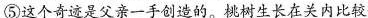
⑤这个奇迹是父亲一手创造的。桃树生长在关内比较